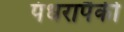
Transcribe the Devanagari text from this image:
पंधरापैकी